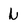
Character: N